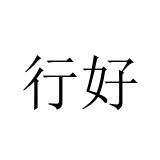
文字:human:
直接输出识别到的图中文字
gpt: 行好